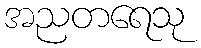
အညတရေသု